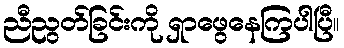
ညီညွတ်ခြင်းကို ရှာဖွေနေကြပါပြီ။